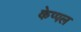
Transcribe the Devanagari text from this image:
केप्पल